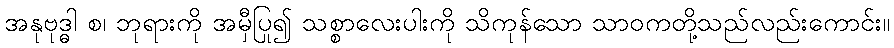
အနုဗုဒ္ဓါ စ၊ ဘုရားကို အမှီပြု၍ သစ္စာလေးပါးကို သိကုန်သော သာဝကတို့သည်လည်းကောင်း။